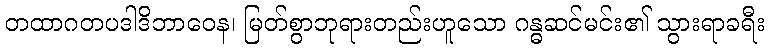
တထာဂတပဒါဒိဘာဝေန၊ မြတ်စွာဘုရားတည်းဟူသော ဂန္ဓဆင်မင်း၏ သွားရာခရီး